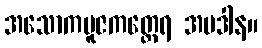
အသောကပူဇကတ္ထေရ အပဒါန။